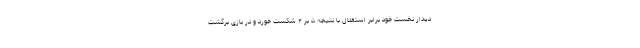
دیدار نخست خود برابر استقلال با نتیجه ۵ بر ۲ شکست خورد و در بازی برگشت